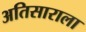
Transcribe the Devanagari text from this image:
अतिसाराला